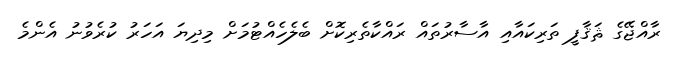
ރާއްޖޭގެ ޘަޤާފީ ތަރިކައާއި އާސާރުތައް ރައްކާތެރިކޮށް ބެލެހެއްޓުމަށް މިދިޔަ އަހަރު ކުރެވުނު އެންމެ